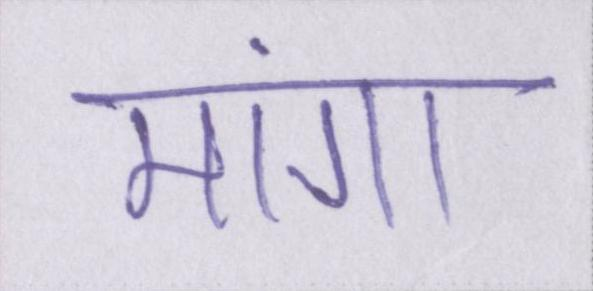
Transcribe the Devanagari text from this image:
मांगा